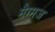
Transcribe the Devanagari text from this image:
मैग्मज